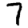
Digit: 7